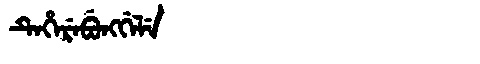
Manchu: ᡨᡝᡥᡝᡵᡝᠪᡠᠩᡤᡝᠯᡝ
Romanization: TEHEREBUNGGELE